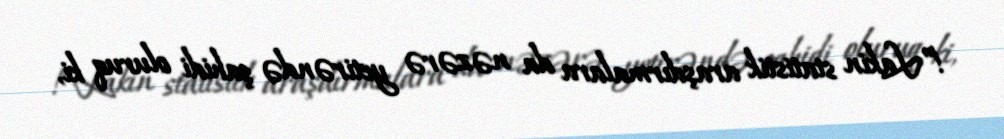
!”Lakin statistik araşdırmalara da nəzərə yetirəndə şahidi oluruq ki,